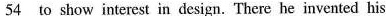
\underline{54} to show interest in design. There he invented his